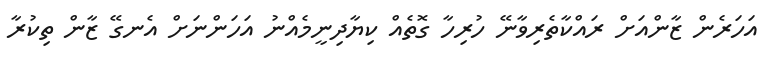
އަހަރެން ޒާންއަށް ރައްކާތެރިވާނޭ ހުރިހާ ގޮތެއް ކިޔާދިނީމެއްނު އަހަންނަށް އެނގޭ ޒާން ތިކުރާ